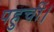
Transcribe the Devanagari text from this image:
पहुचीं।